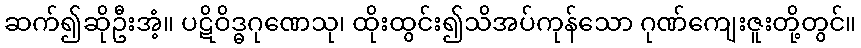
ဆက်၍ဆိုဦးအံ့။ ပဋိဝိဒ္ဓဂုဏေသု၊ ထိုးထွင်း၍သိအပ်ကုန်သော ဂုဏ်ကျေးဇူးတို့တွင်။